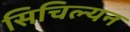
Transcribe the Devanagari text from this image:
सिचिल्यन